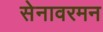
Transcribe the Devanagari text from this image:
सेनावरमन